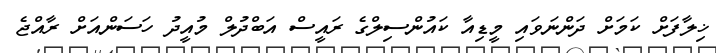
ޚިލާފަށް ކަމަށް ދަންނަވައި މީޑިއާ ކައުންސިލްގެ ރައީސް އަބްދުލް މުއީދު ހަސަންއަށް ރާއްޖެ